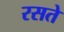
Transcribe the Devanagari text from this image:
रसते